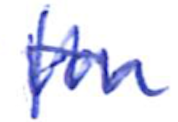
Text: for
Cross-out: zig-zag
Writing tool: ballpoint